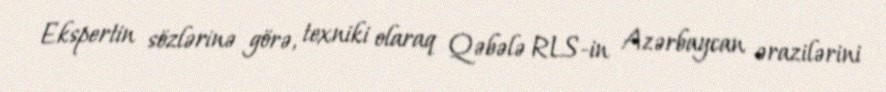
Ekspertin sözlərinə görə, texniki olaraq Qəbələ RLS-in Azərbaycan ərazilərini